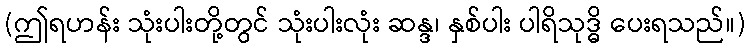
(ဤရဟန်း သုံးပါးတို့တွင် သုံးပါးလုံး ဆန္ဒ၊ နှစ်ပါး ပါရိသုဒ္ဓိ ပေးရသည်။)